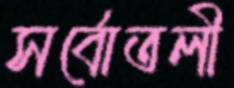
সর্বোতলী